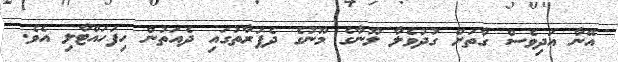
އޭނާ އަދިވެސް ގާތަށް ގުދުވެލާ ލޫނާގެ މޫނުގެ ދެފަރާތުގައި ދެއަތުން ހިފަހައްޓާލި އެވެ.